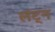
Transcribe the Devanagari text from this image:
लंट्न